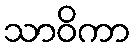
သာဝိကာ